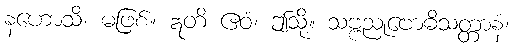
နဟောသိ၊ မဖြစ်။ ဣတိ ဧဝံ၊ ဤသို့။ သဗ္ဗညုဗောဓိသတ္တာနံ၊